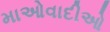
માઓવાદીઓ